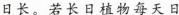
日长。若长日植物每天日